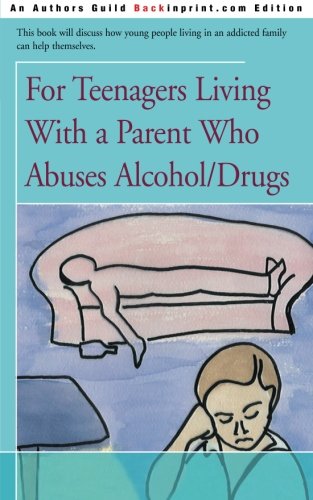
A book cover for For Teenagers Living With a Parent Who Abuses Alcohol/Drugs; Edith Lynn Hornik-Beer; Teen & Young Adult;